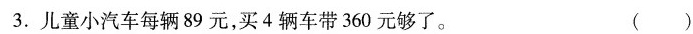
3.儿童小汽车每辆89元，买4辆车带360元够了。 ()